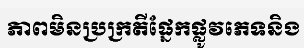
ភាពមិនប្រក្រតីផ្នែកផ្លូវភេទនិង